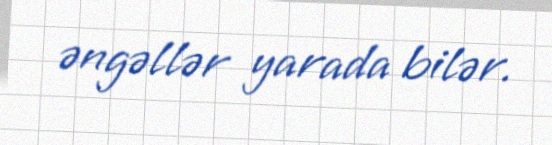
əngəllər yarada bilər.